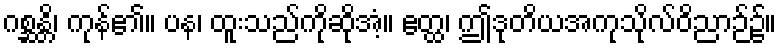
ဂစ္ဆန္တိ၊ ကုန်၏။ ပန၊ ထူးသည်ကိုဆိုအံ့။ ဧတ္ထ၊ ဤဒုတိယအကုသိုလ်ဝိညာဉ်၌။